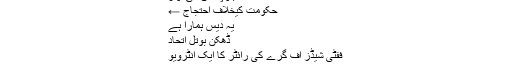
→ بلوچستان کی آواز
حکومت کیخلاف احتجاج ←
یہ دیس ہمارا ہے
ڈھکن بوتل اتحاد
ففٹی شیڈز آف گرے کی رائٹر کا ایک انٹرویو
لندن۔